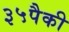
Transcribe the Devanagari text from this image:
३५पैकी